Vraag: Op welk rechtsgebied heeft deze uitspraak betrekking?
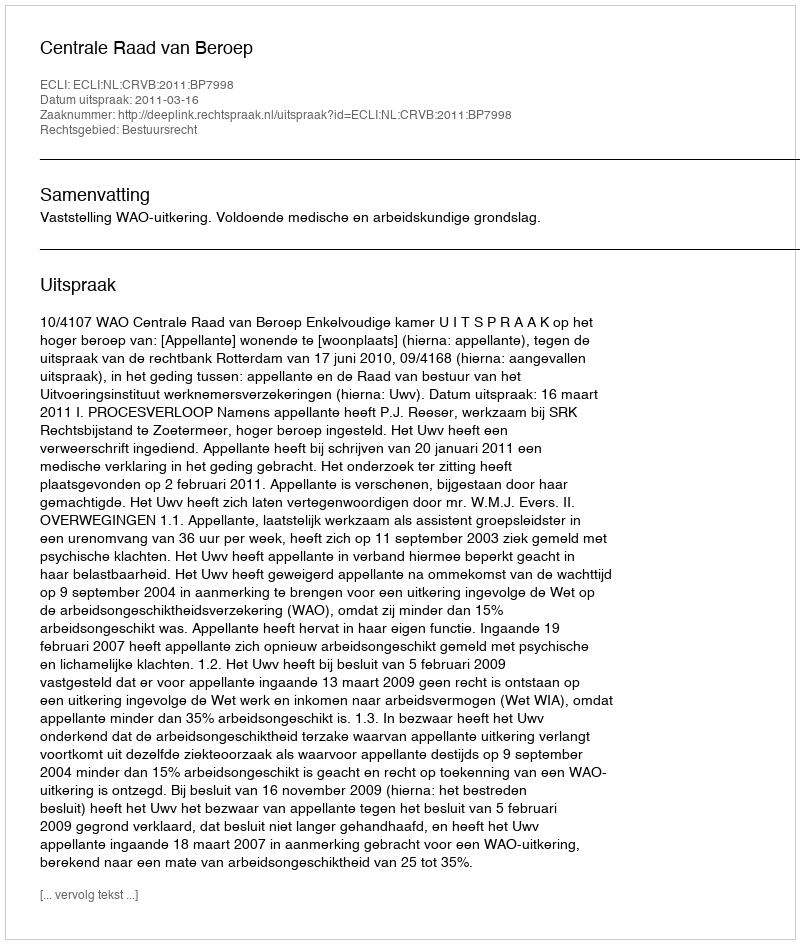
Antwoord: Bestuursrecht